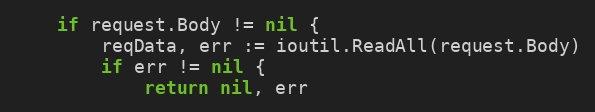
Language: Go
	if request.Body != nil {
		reqData, err := ioutil.ReadAll(request.Body)
		if err != nil {
			return nil, err